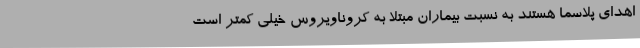
اهدای پلاسما هستند به نسبت بیماران مبتلا به کروناویروس خیلی کمتر است